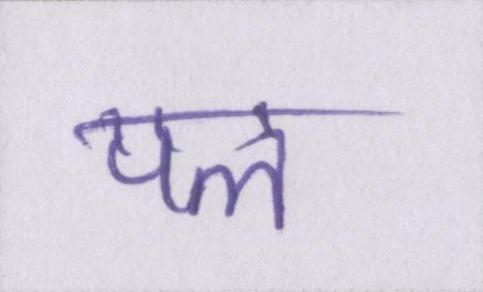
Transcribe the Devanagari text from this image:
पल